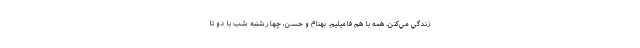
زندگي مي‌كنن. همه با هم فاميليم. بهنام و حسن، چهارشنبه شب با دو تا